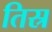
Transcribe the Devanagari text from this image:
तिस्र